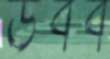
উবব